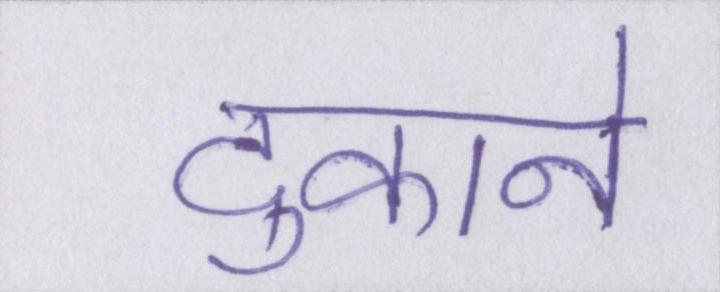
दुकाने